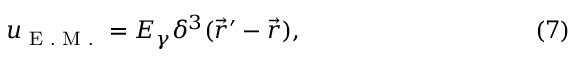
u _ { \textrm { E . M . } } = E _ { \gamma } \delta ^ { 3 } ( { \vec { r } ^ { \prime } } - { \vec { r } } ) , \eqno ( 7 )